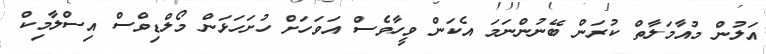
އަލުން މުއާމަލާތް ކުރަން ބޭނުންނަމަ އެކަން ވީހާވެސް އަވަހަށް ހުށަހަޅަން މޯލްޑިވްސް އިސްލާމިކް